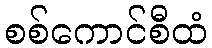
စစ်ကောင်စီထံ